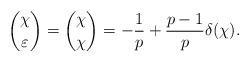
LaTeX: \begin{align*}{\chi\choose\varepsilon}={\chi\choose\chi}=-\frac{1}{p}+\frac{p-1}{p}\delta(\chi).\end{align*}